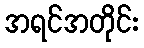
အရင်အတိုင်း